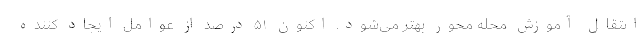
انتقال آموزش محله محور بهتر می‌شود. اکنون ۵۱ درصد از عوامل ایجاد کننده